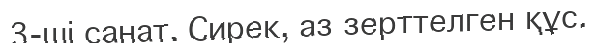
3-ші санат. Сирек, аз зерттелген құс.